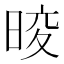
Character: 𭦑